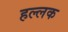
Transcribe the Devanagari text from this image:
हल्लक